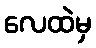
လေထဲမှ